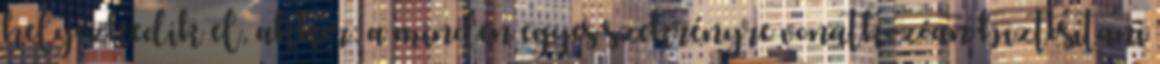
helyezkedik el, akkor: a minden egyes szekrényre vonatkozóan biztosítani